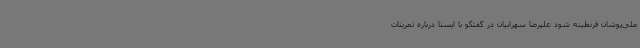
ملی‌پوشان قرنطینه شود علیرضا سهرابیان در گفتگو با ایسنا درباره تمرینات